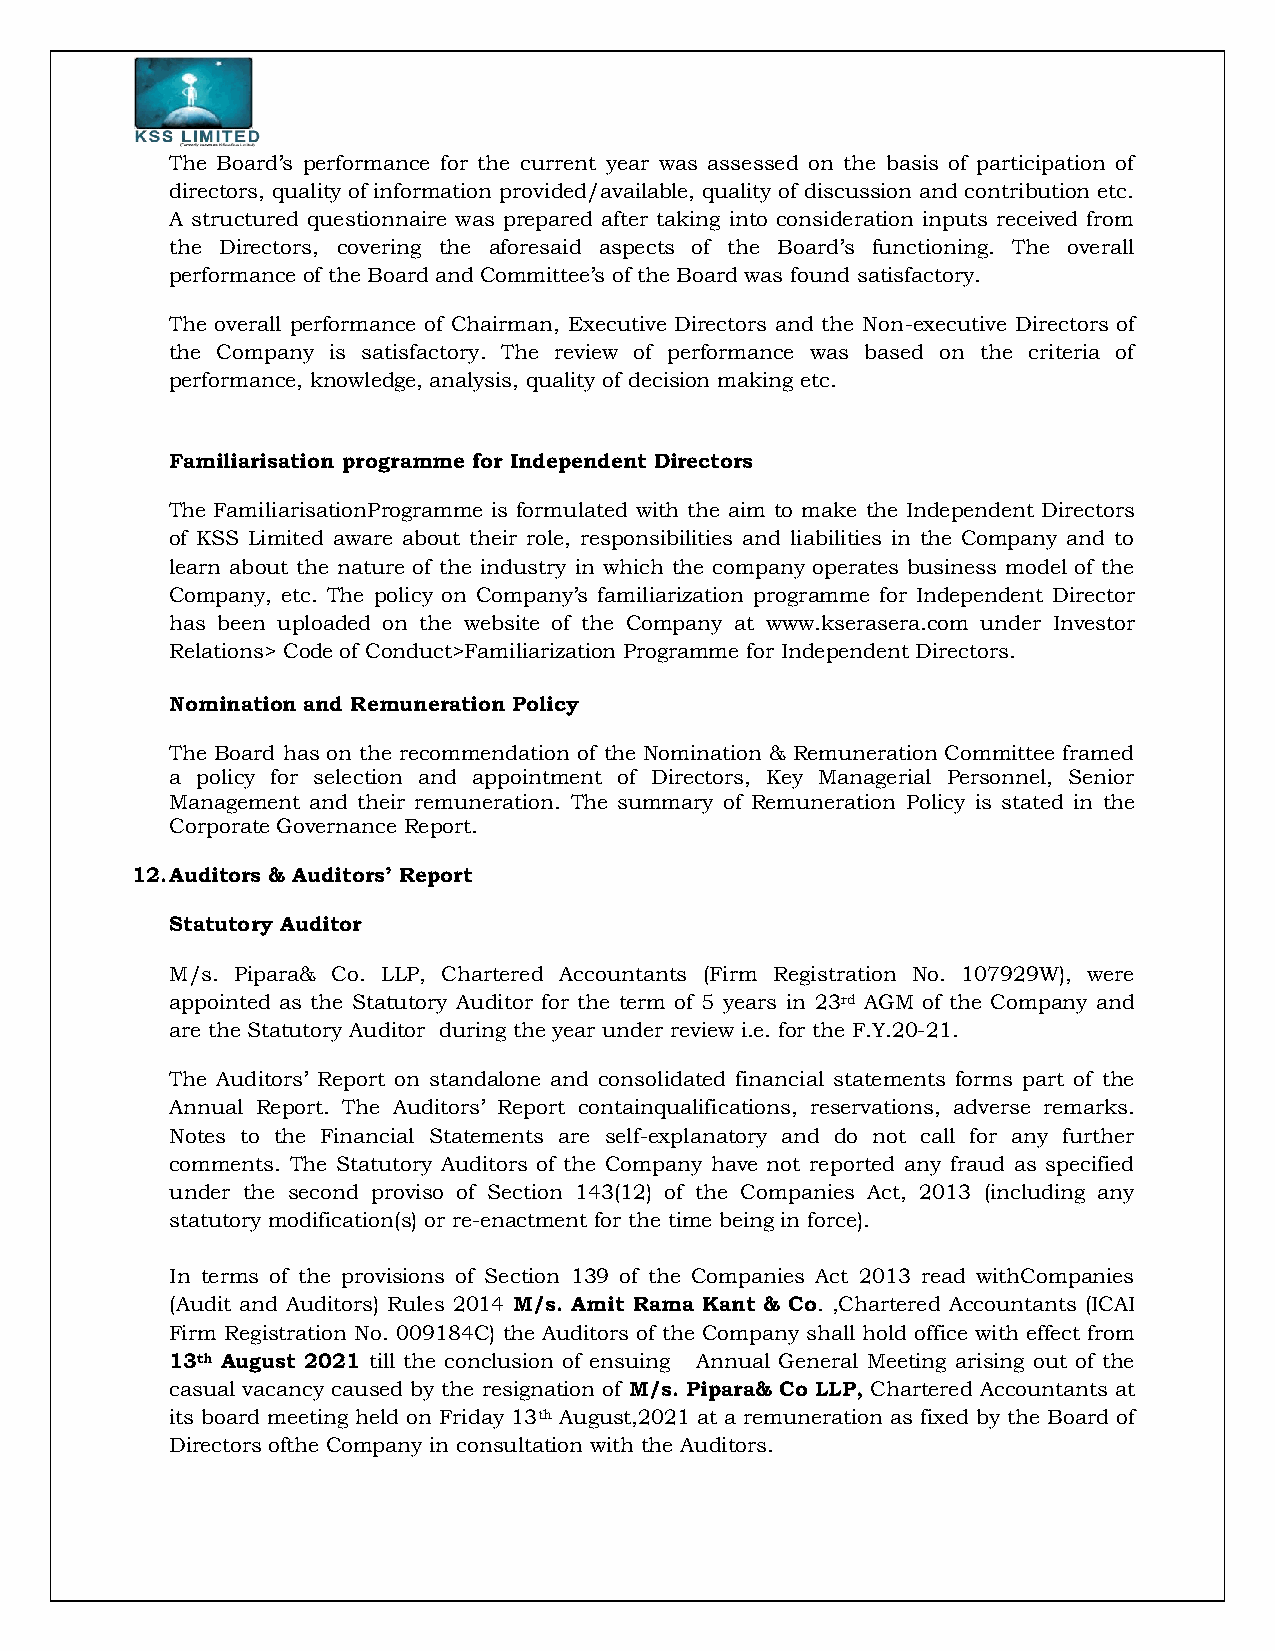
The Board’s performance for the current year was assessed on the basis of participation of
 directors, quality of information provided/available, quality of discussion and contribution etc.
 A structured questionnaire was prepared after taking into consideration inputs received from
 the Directors, covering the aforesaid aspects of the Board’s functioning. The overall
 performance of the Board and Committee’s of the Board was found satisfactory.
 The overall performance of Chairman, Executive Directors and the Non-executive Directors of
 the Company is satisfactory. The review of performance was based on the criteria of
 performance, knowledge, analysis, quality of decision making etc.
 Familiarisation programme for Independent Directors
 The FamiliarisationProgramme is formulated with the aim to make the Independent Directors
 of KSS Limited aware about their role, responsibilities and liabilities in the Company and to
 learn about the nature of the industry in which the company operates business model of the
 Company, etc. The policy on Company’s familiarization programme for Independent Director
 has been uploaded on the website of the Company at www.kserasera.com under Investor
 Relations> Code of Conduct>Familiarization Programme for Independent Directors.
 Nomination and Remuneration Policy
 The Board has on the recommendation of the Nomination & Remuneration Committee framed
 a policy for selection and appointment of Directors, Key Managerial Personnel, Senior
 Management and their remuneration. The summary of Remuneration Policy is stated in the
 Corporate Governance Report.
 12. Auditors & Auditors’ Report
 Statutory Auditor
 M/s. Pipara& Co. LLP, Chartered Accountants (Firm Registration No. 107929W), were
 appointed as the Statutory Auditor for the term of 5 years in 23rd AGM of the Company and
 are the Statutory Auditor during the year under review i.e. for the F.Y.20-21.
 The Auditors’ Report on standalone and consolidated financial statements forms part of the
 Annual Report. The Auditors’ Report containqualifications, reservations, adverse remarks.
 Notes to the Financial Statements are self-explanatory and do not call for any further
 comments. The Statutory Auditors of the Company have not reported any fraud as specified
 under the second proviso of Section 143(12) of the Companies Act, 2013 (including any
 statutory modification(s) or re-enactment for the time being in force).
 In terms of the provisions of Section 139 of the Companies Act 2013 read withCompanies
 (Audit and Auditors) Rules 2014 M/s. Amit Rama Kant & Co. ,Chartered Accountants (ICAI
 Firm Registration No. 009184C) the Auditors of the Company shall hold office with effect from
 13th August 2021 till the conclusion of ensuing Annual General Meeting arising out of the
 casual vacancy caused by the resignation of M/s. Pipara& Co LLP, Chartered Accountants at
 its board meeting held on Friday 13th August,2021 at a remuneration as fixed by the Board of
 Directors ofthe Company in consultation with the Auditors.